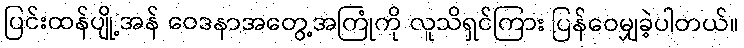
ပြင်းထန်ပျို့အန် ဝေဒနာအတွေ့အကြုံကို လူသိရှင်ကြား ပြန်ဝေမျှခဲ့ပါတယ်။